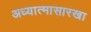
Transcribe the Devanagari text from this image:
अध्यात्मासारखा